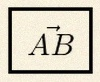
\vec{AB}